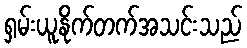
ရှမ်းယူနိုက်တက်အသင်းသည်